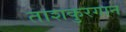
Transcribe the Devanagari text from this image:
ताशकुरगान